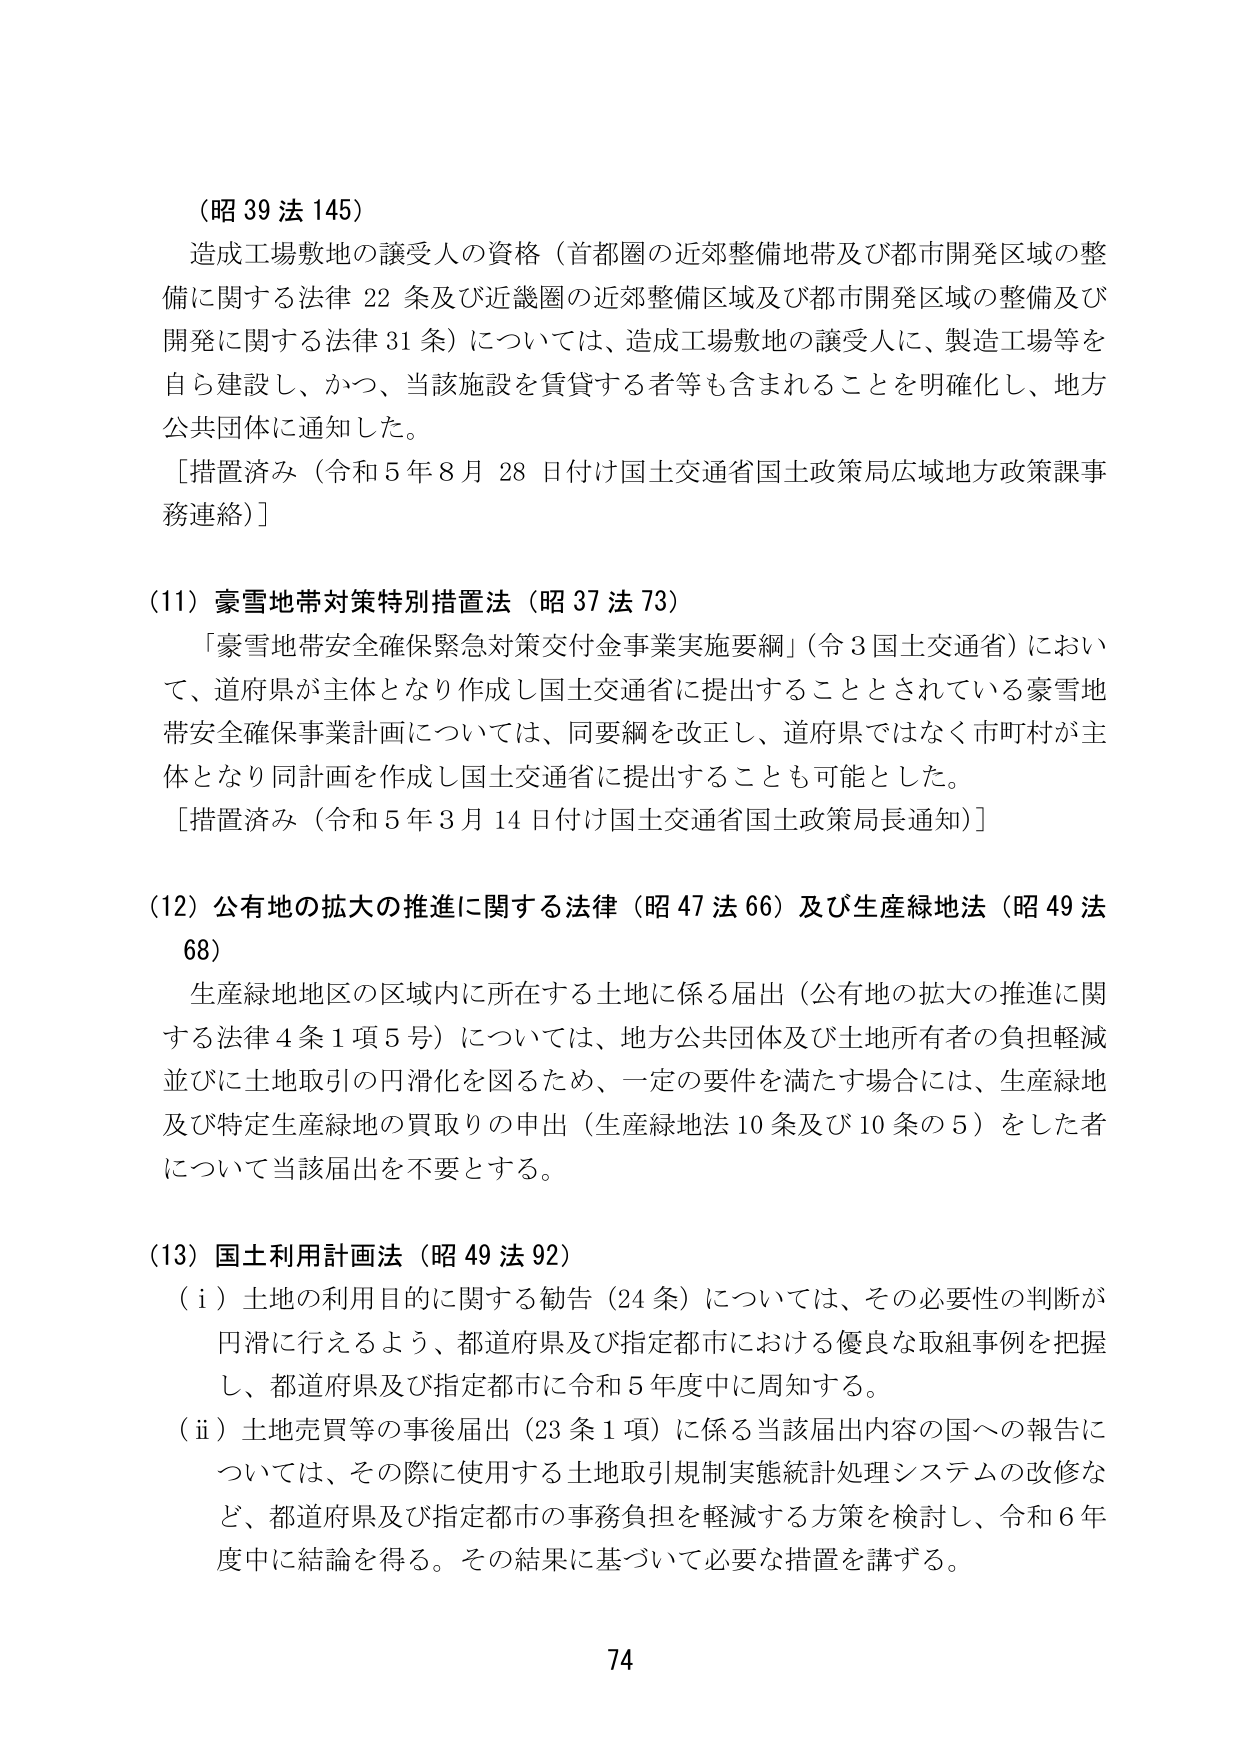
（昭39法145）
造成工場敷地の譲受人の資格（首都圏の近郊整備地帯及び都市開発区域の整備に関する法律22条及び近畿圏の近郊整備区域及び都市開発区域の整備及び開発に関する法律31条）については、造成工場敷地の譲受人に、製造工場等を自ら建設し、かつ、当該施設を賃貸する者等も含まれることを明確化し、地方公共団体に通知した。
［措置済み（令和5年8月28日付け国土交通省国土政策局広域地方政策課事務連絡）］

（11）豪雪地帯対策特別措置法（昭37法73）
「豪雪地帯安全確保緊急対策交付金事業実施要綱」（令3国土交通省）において、道府県が主体となり作成し国土交通省に提出することとされている豪雪地帯安全確保事業計画については、同要綱を改正し、道府県ではなく市町村が主体となり同計画を作成し国土交通省に提出することも可能とした。
［措置済み（令和5年3月14日付け国土交通省国土政策局長通知）］

（12）公有地の拡大の推進に関する法律（昭47法66）及び生産緑地法（昭49法68）
生産緑地地区の区域内に所在する土地に係る届出（公有地の拡大の推進に関する法律4条1項5号）については、地方公共団体及び土地所有者の負担軽減並びに土地取引の円滑化を図るため、一定の要件を満たす場合には、生産緑地及び特定生産緑地の買取りの申出（生産緑地法10条及び10条の5）をした者について当該届出を不要とする。

（13）国土利用計画法（昭49法92）
（i）土地の利用目的に関する勧告（24条）については、その必要性の判断が円滑に行えるよう、都道府県及び指定都市における優良な取組事例を把握し、都道府県及び指定都市に令和5年度中に周知する。
（ii）土地売買等の事後届出（23条1項）に係る当該届出内容の国への報告については、その際に使用する土地取引規制実態統計処理システムの改修など、都道府県及び指定都市の事務負担を軽減する方策を検討し、令和6年度中に結論を得る。その結果に基づいて必要な措置を講ずる。

74